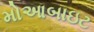
મોઆબાઇટ